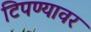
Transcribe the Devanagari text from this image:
टिपण्यावर